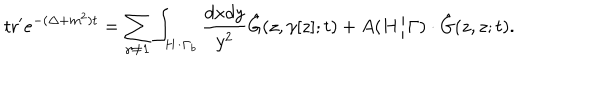
LaTeX: \mathrm { t r } ^ { \prime } e ^ { - ( \Delta + m ^ { 2 } ) t } = \sum _ { \gamma \neq { \bf 1 } } \int _ { H / \Gamma _ { b } } { \frac { d x d y } { y ^ { 2 } } } { \hat { G } } ( z , \gamma [ z ] ; t ) + A ( H / \Gamma ) \cdot { \hat { G } } ( z , z ; t ) .